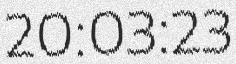
20:03:23